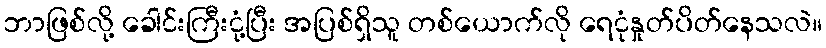
ဘာဖြစ်လို့ ခေါင်းကြီးငုံ့ပြီး အပြစ်ရှိသူ တစ်ယောက်လို ရေငုံနှုတ်ပိတ်နေသလဲ။